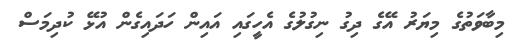
މިބާވަތުގެ މިޔަރު އޭގެ ދިގު ނިގުލުގެ އެހީގައި އައިން ހަދައިގެން އުޅޭ ކުދިމަސް